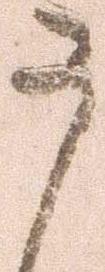
う